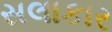
સલાકાર